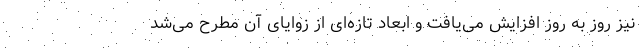
نیز روز به روز افزایش می‌یافت و ابعاد تازه‌ای از زوایای آن مطرح می‌شد